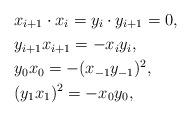
LaTeX: \begin{align*}&x_{i+1}\cdot x_i =y_{i}\cdot y_{i+1} =0, \\ &y_{i+1}x_{i+1} =-x_iy_i, \\&y_0x_0=-(x_{-1}y_{-1})^2,\\&(y_1x_1)^2 = -x_0y_0,\end{align*}